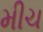
મીચ